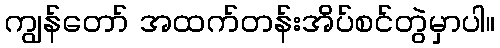
ကျွန်တော် အထက်တန်းအိပ်စင်တွဲမှာပါ။